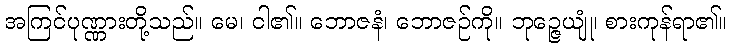
အကြင်ပုဏ္ဏားတို့သည်။ မေ၊ ငါ၏။ ဘောဇနံ၊ ဘောဇဉ်ကို။ ဘုဉ္ဇေယျုံ၊ စားကုန်ရာ၏။